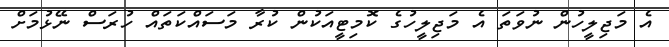
އެ މަޖިލީހުން ނުވަތަ އެ މަޖިލީހުގެ ކޮމިޓީއަކުން ކުރާ މަސައްކަތައް ހުރަސް ނޭޅުމަށް